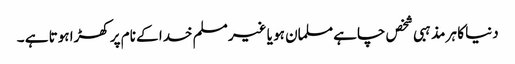
دنیا کا ہر مذہبی شخص چاہے مسلمان ہو یا غیر مسلم خدا کے نام پر کھڑا ہوتا ہے ۔